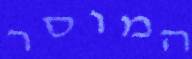
המוסר